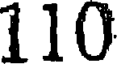
110